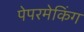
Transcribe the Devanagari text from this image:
पेपरमेकिंग